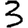
Digit: 3